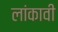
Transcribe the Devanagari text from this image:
लांकावी